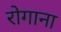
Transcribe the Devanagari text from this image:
रोगाना